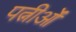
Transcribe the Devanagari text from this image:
पत्नीओं